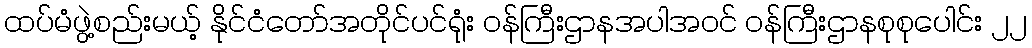
ထပ်မံဖွဲ့စည်းမယ့် နိုင်ငံတော်အတိုင်ပင်ရုံး ဝန်ကြီးဌာနအပါအဝင် ဝန်ကြီးဌာနစုစုပေါင်း ၂၂